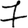
Digit: 7